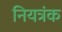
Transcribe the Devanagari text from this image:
नियत्रंक